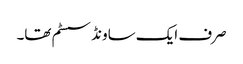
صرف ایک ساونڈ سسٹم تھا۔